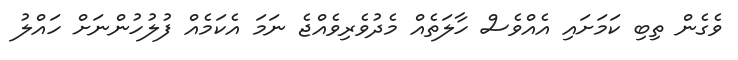
ވެގެން ތިބި ކަމަށައި އެއްވެސް ހާލަތެއް މެދުވެރިވެއްޖެ ނަމަ އެކަމެއް ފުލުހުންނަށް ހައްލު